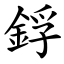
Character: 鋢